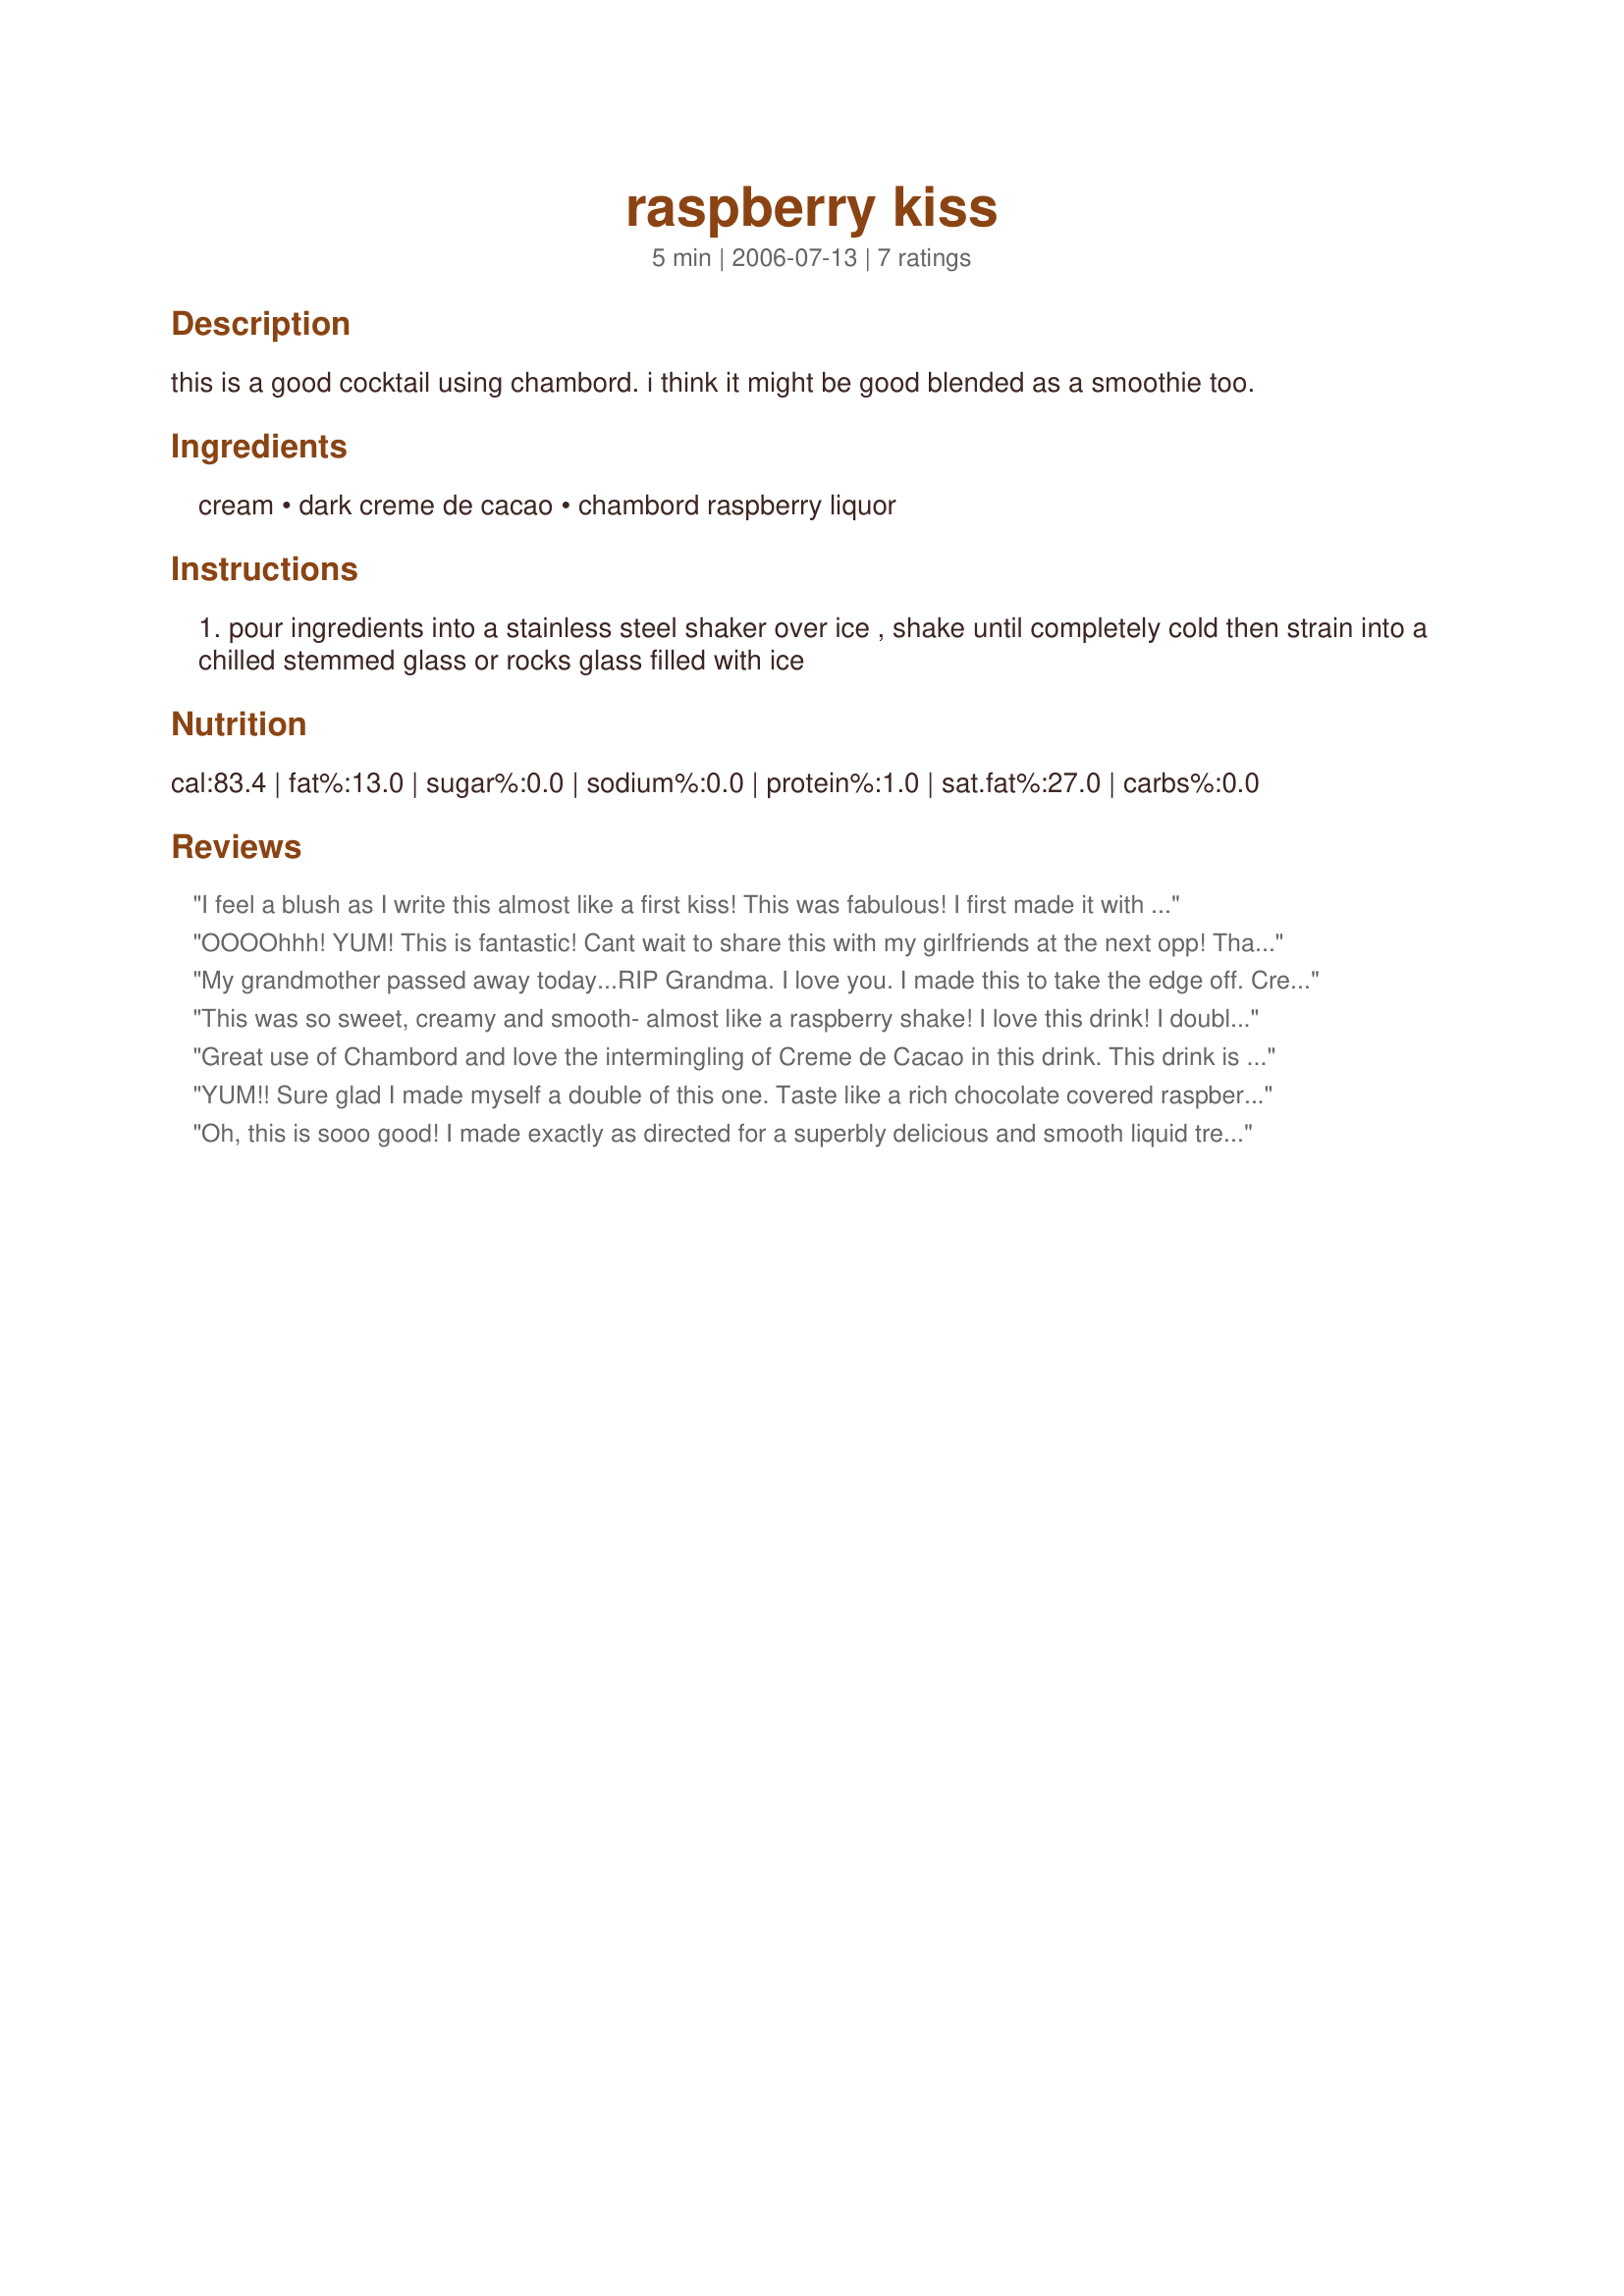
raspberry kiss
Preparation time: 5 minutes

this is a good cocktail using chambord. i think it might be good blended as a smoothie too.

Ingredients:
cream, dark creme de cacao, chambord raspberry liquor

Steps:
pour ingredients into a stainless steel shaker over ice , shake until completely cold then strain into a chilled stemmed glass or rocks glass filled with ice

Reviews:
I feel a blush as I write this almost like a first kiss! This was fabulous! I first made it with white creme de cacao and the color wasn't very pretty so I went and bought the dark. Wow! I was glad I did because it was so good. I think I am ready for another, and then maybe another!
OOOOhhh! YUM! This is fantastic! Cant wait to share this with my girlfriends at the next opp! Thanks!
My grandmother passed away today...RIP Grandma. I love you. I made this to take the edge off. Creamy, fruity, chocolaty. Thanks for sharing.
This was so sweet, creamy and smooth- almost like a raspberry shake! I love this drink! I doubled the cream and put this on ice and it was just perfect. Thanks, lazyme for a keeper!
Great use of Chambord and love the intermingling of Creme de Cacao in this drink. This drink is perfect for those who like their drinks sweeter and can't wait to make this for my BGF in Oregon. She normally loves French martini with Chambord and this drink should be perfect for her. Regular milk may also work well with this drink. Thank you Lazyme for posting this excellent recipe!
YUM!! Sure glad I made myself a double of this one. Taste like a rich chocolate covered raspberry candy. Oh maybe like a raspberry truffle!! Anyway, I love this recipe, thank you for sharing.
Oh, this is sooo good! I made exactly as directed for a superbly delicious and smooth liquid treat : ) Thanks, lazyme!
